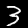
Label: 3